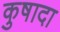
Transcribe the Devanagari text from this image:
कुषादा